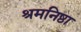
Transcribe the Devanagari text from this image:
श्रमनिष्ठा